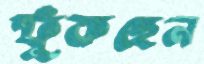
ফুঁকছেন